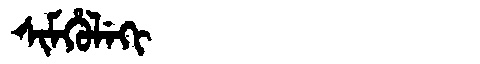
Manchu: ᠰᡳᠮᡥᡠᠯᡝᡴᡳ
Romanization: SIMHULEKI